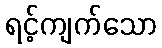
ရင့်ကျက်သော